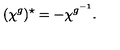
( \chi ^ { g } ) ^ { \star } = - \chi ^ { g ^ { - 1 } } .